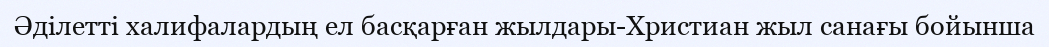
Әділетті халифалардың ел басқарған жылдары-Христиан жыл санағы бойынша